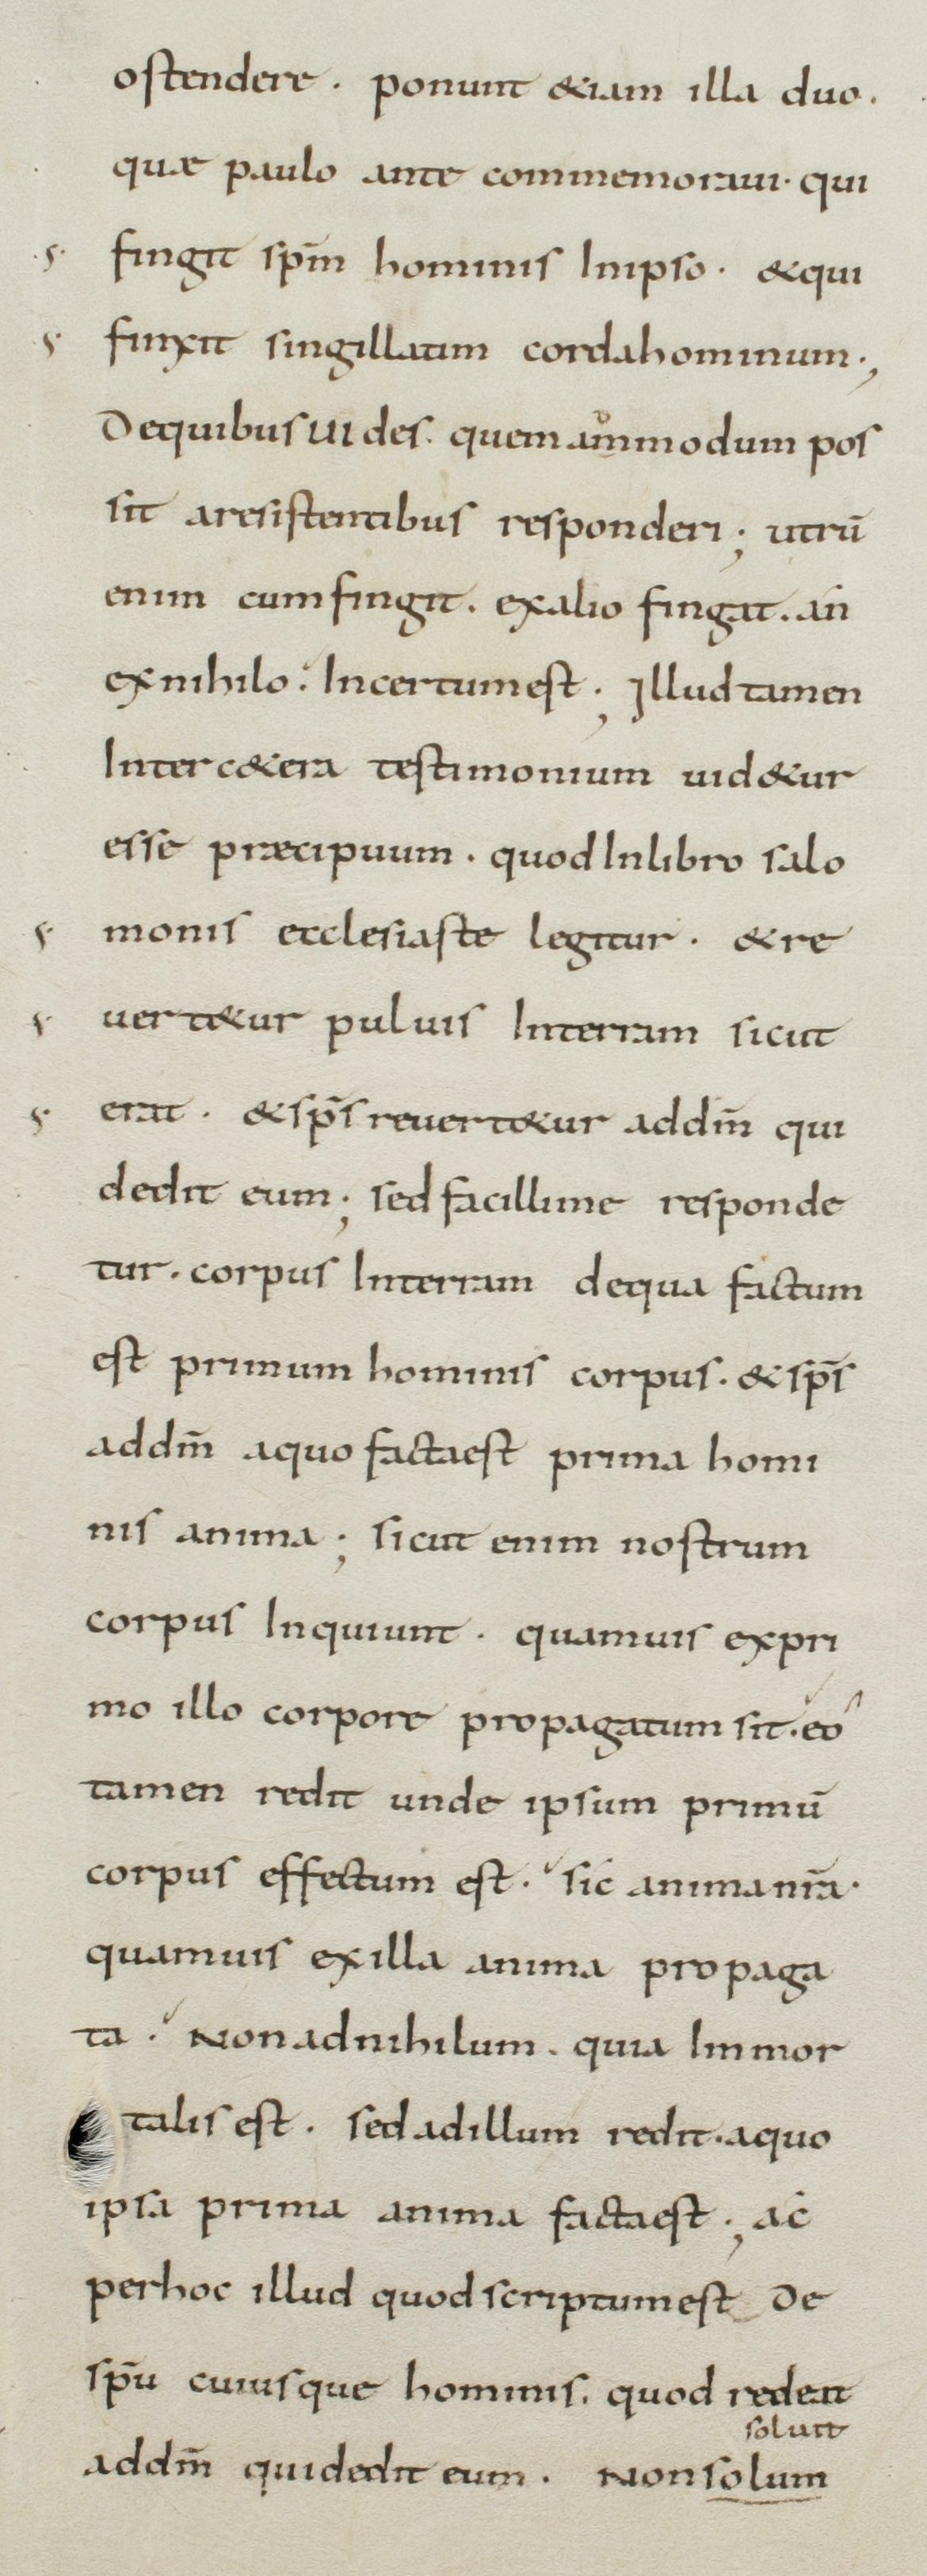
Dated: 800–899